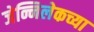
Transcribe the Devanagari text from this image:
जेन्निलेकच्या